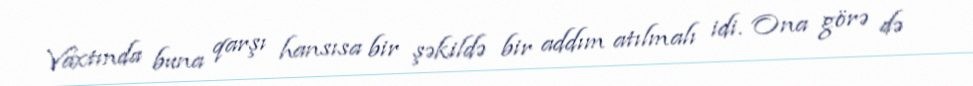
Vaxtında buna qarşı hansısa bir şəkildə bir addım atılmalı idi. Ona görə də